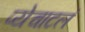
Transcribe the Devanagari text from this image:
प्येचाटलं